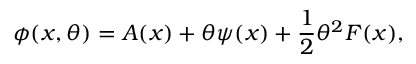
\phi ( x , \theta ) = A ( x ) + \theta \psi ( x ) + { \frac { 1 } { 2 } } \theta ^ { 2 } F ( x ) ,